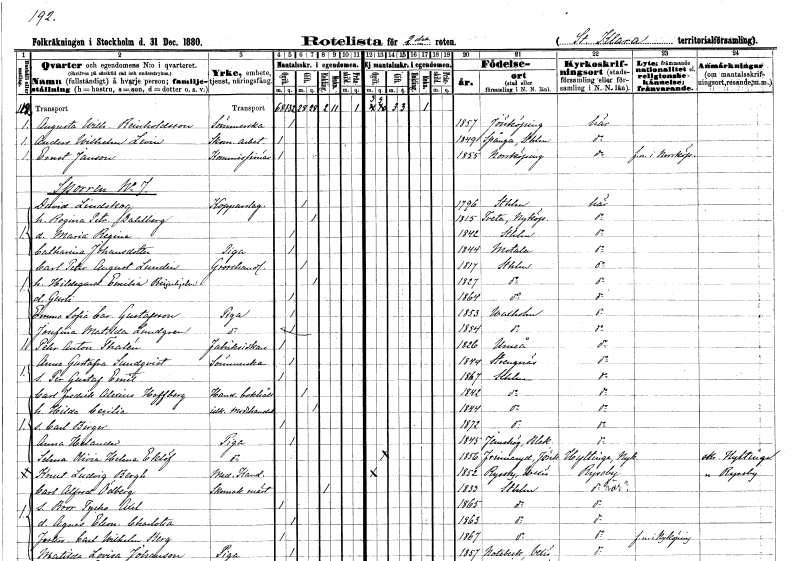
gt_parse: households: individuals: FN: Augusta Wilhelmina
EN: Reinholdsson
YRKE: Sömmerska
KON: K
CIV: O
FODAR: 1857
FODFORS: Jönköping Jönköpings län
FN: Anders Wilhelm
EN: Levin
YRKE: Skomakeriarbetare
KON: M
CIV: O
FODAR: 1849
FODFORS: Spånga Stockholms län
FN: Ernst
EN: Jansson
YRKE: Kommissionär
KON: M
CIV: O
FODAR: 1855
FODFORS: Norrköping Östergötlands län
FN: David
EN: Lindskog
YRKE: Kopparslagare
KON: M
CIV: G
FODAR: 1796
FODFORS: Stockholm
FN: Regina Petronella
EN: Dahlberg
KON: K
CIV: G
FODAR: 1815
FODFORS: Tveta Stockholms län
FN: Maria Regina
KON: K
CIV: O
FODAR: 1842
FODFORS: Stockholm
FN: Catharina
EN: Johansdotter
YRKE: Piga
KON: K
CIV: O
FODAR: 1844
FODFORS: Motala Östergötlands län
FN: Carl Peter August
EN: Lundin
YRKE: Grosshandlare
KON: M
CIV: G
FODAR: 1817
FODFORS: Stockholm
FN: Hildegard Emilia
EN: Beijerhjelm
KON: K
CIV: G
FODAR: 1827
FODFORS: Stockholm
FN: Gurli
KON: K
CIV: O
FODAR: 1864
FODFORS: Stockholm
FN: Emma Sofia Carolina
EN: Gustafsson
YRKE: Piga
KON: K
CIV: O
FODAR: 1853
FODFORS: Vaxholm Stockholms län
FN: Josefina Matilda
EN: Lundgren
YRKE: Piga
KON: K
CIV: O
FODAR: 1854
FODFORS: Vaxholm Stockholms län
FN: Pehr Anton
EN: Thalén
YRKE: Fabriksidkare
KON: M
CIV: O
FODAR: 1826
FODFORS: Umeå Västerbottens län
FN: Anna Gustafva
EN: Sundqvist
YRKE: Sömmerska
KON: K
CIV: O
FODAR: 1844
FODFORS: Strängnäs Södermanlands län
FN: Per Gustaf Emil
KON: M
CIV: O
FODAR: 1867
FODFORS: Stockholm
FN: Carl Fredrik Alexius
EN: Hoffberg
YRKE: Handelsbokhållare
KON: M
CIV: G
FODAR: 1842
FODFORS: Stockholm
FN: Hilda Cecilia
YRKE: Modehandlerska
KON: K
CIV: G
FODAR: 1844
FODFORS: Stockholm
FN: Carl Birger
KON: M
CIV: O
FODAR: 1872
FODFORS: Stockholm
FN: Anna
EN: Helander
YRKE: Piga
KON: K
CIV: O
FODAR: 1845
FODFORS: Jämshög Blekinge län
FN: Selma Olivia Helena
EN: Eklöf
YRKE: Piga
KON: K
CIV: O
FODAR: 1856
FODFORS: Frinnaryd Jönköpings län
FN: Knut Ludvig
EN: Bergh
YRKE: Medicine kandidat
KON: M
CIV: O
FODAR: 1852
FODFORS: Ryssby Kronobergs län